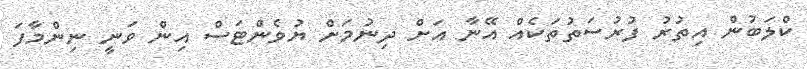
ކްލަބުން އިތުރު ފުރުސަތުތަކެއް އޭނާ އަށް ދިނުމަށް ޔުވެންޓަސް އިން ވަނީ ނިންމާފަ